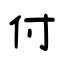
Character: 付